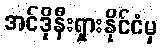
အင်ဒိုနီးရှားနိုင်ငံမှ